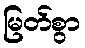
မြတ်စွာ